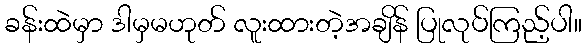
ခန်းထဲမှာ ဒါမှမဟုတ် လူးထားတဲ့အချိန် ပြုလုပ်ကြည့်ပါ။